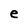
Character: e